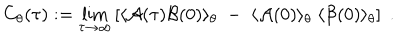
LaTeX: C _ { \theta } ( \tau ) : = \lim _ { \tau \rightarrow \infty } \left[ \langle { \cal A } ( \tau ) { \cal B } ( 0 ) \rangle _ { \theta } \; - \; \langle { \cal A } ( 0 ) \rangle _ { \theta } \; \langle { \cal B } ( 0 ) \rangle _ { \theta } \right] \; .